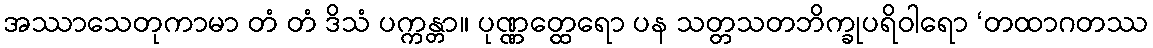
အဿာသေတုကာမာ တံ တံ ဒိသံ ပက္ကန္တာ။ ပုဏ္ဏတ္ထေရော ပန သတ္တသတဘိက္ခုပရိဝါရော ‘တထာဂတဿ